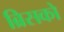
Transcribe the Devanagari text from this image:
ब्रिसको